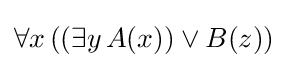
\forall x\,((\exists y\,A(x))\vee B(z))